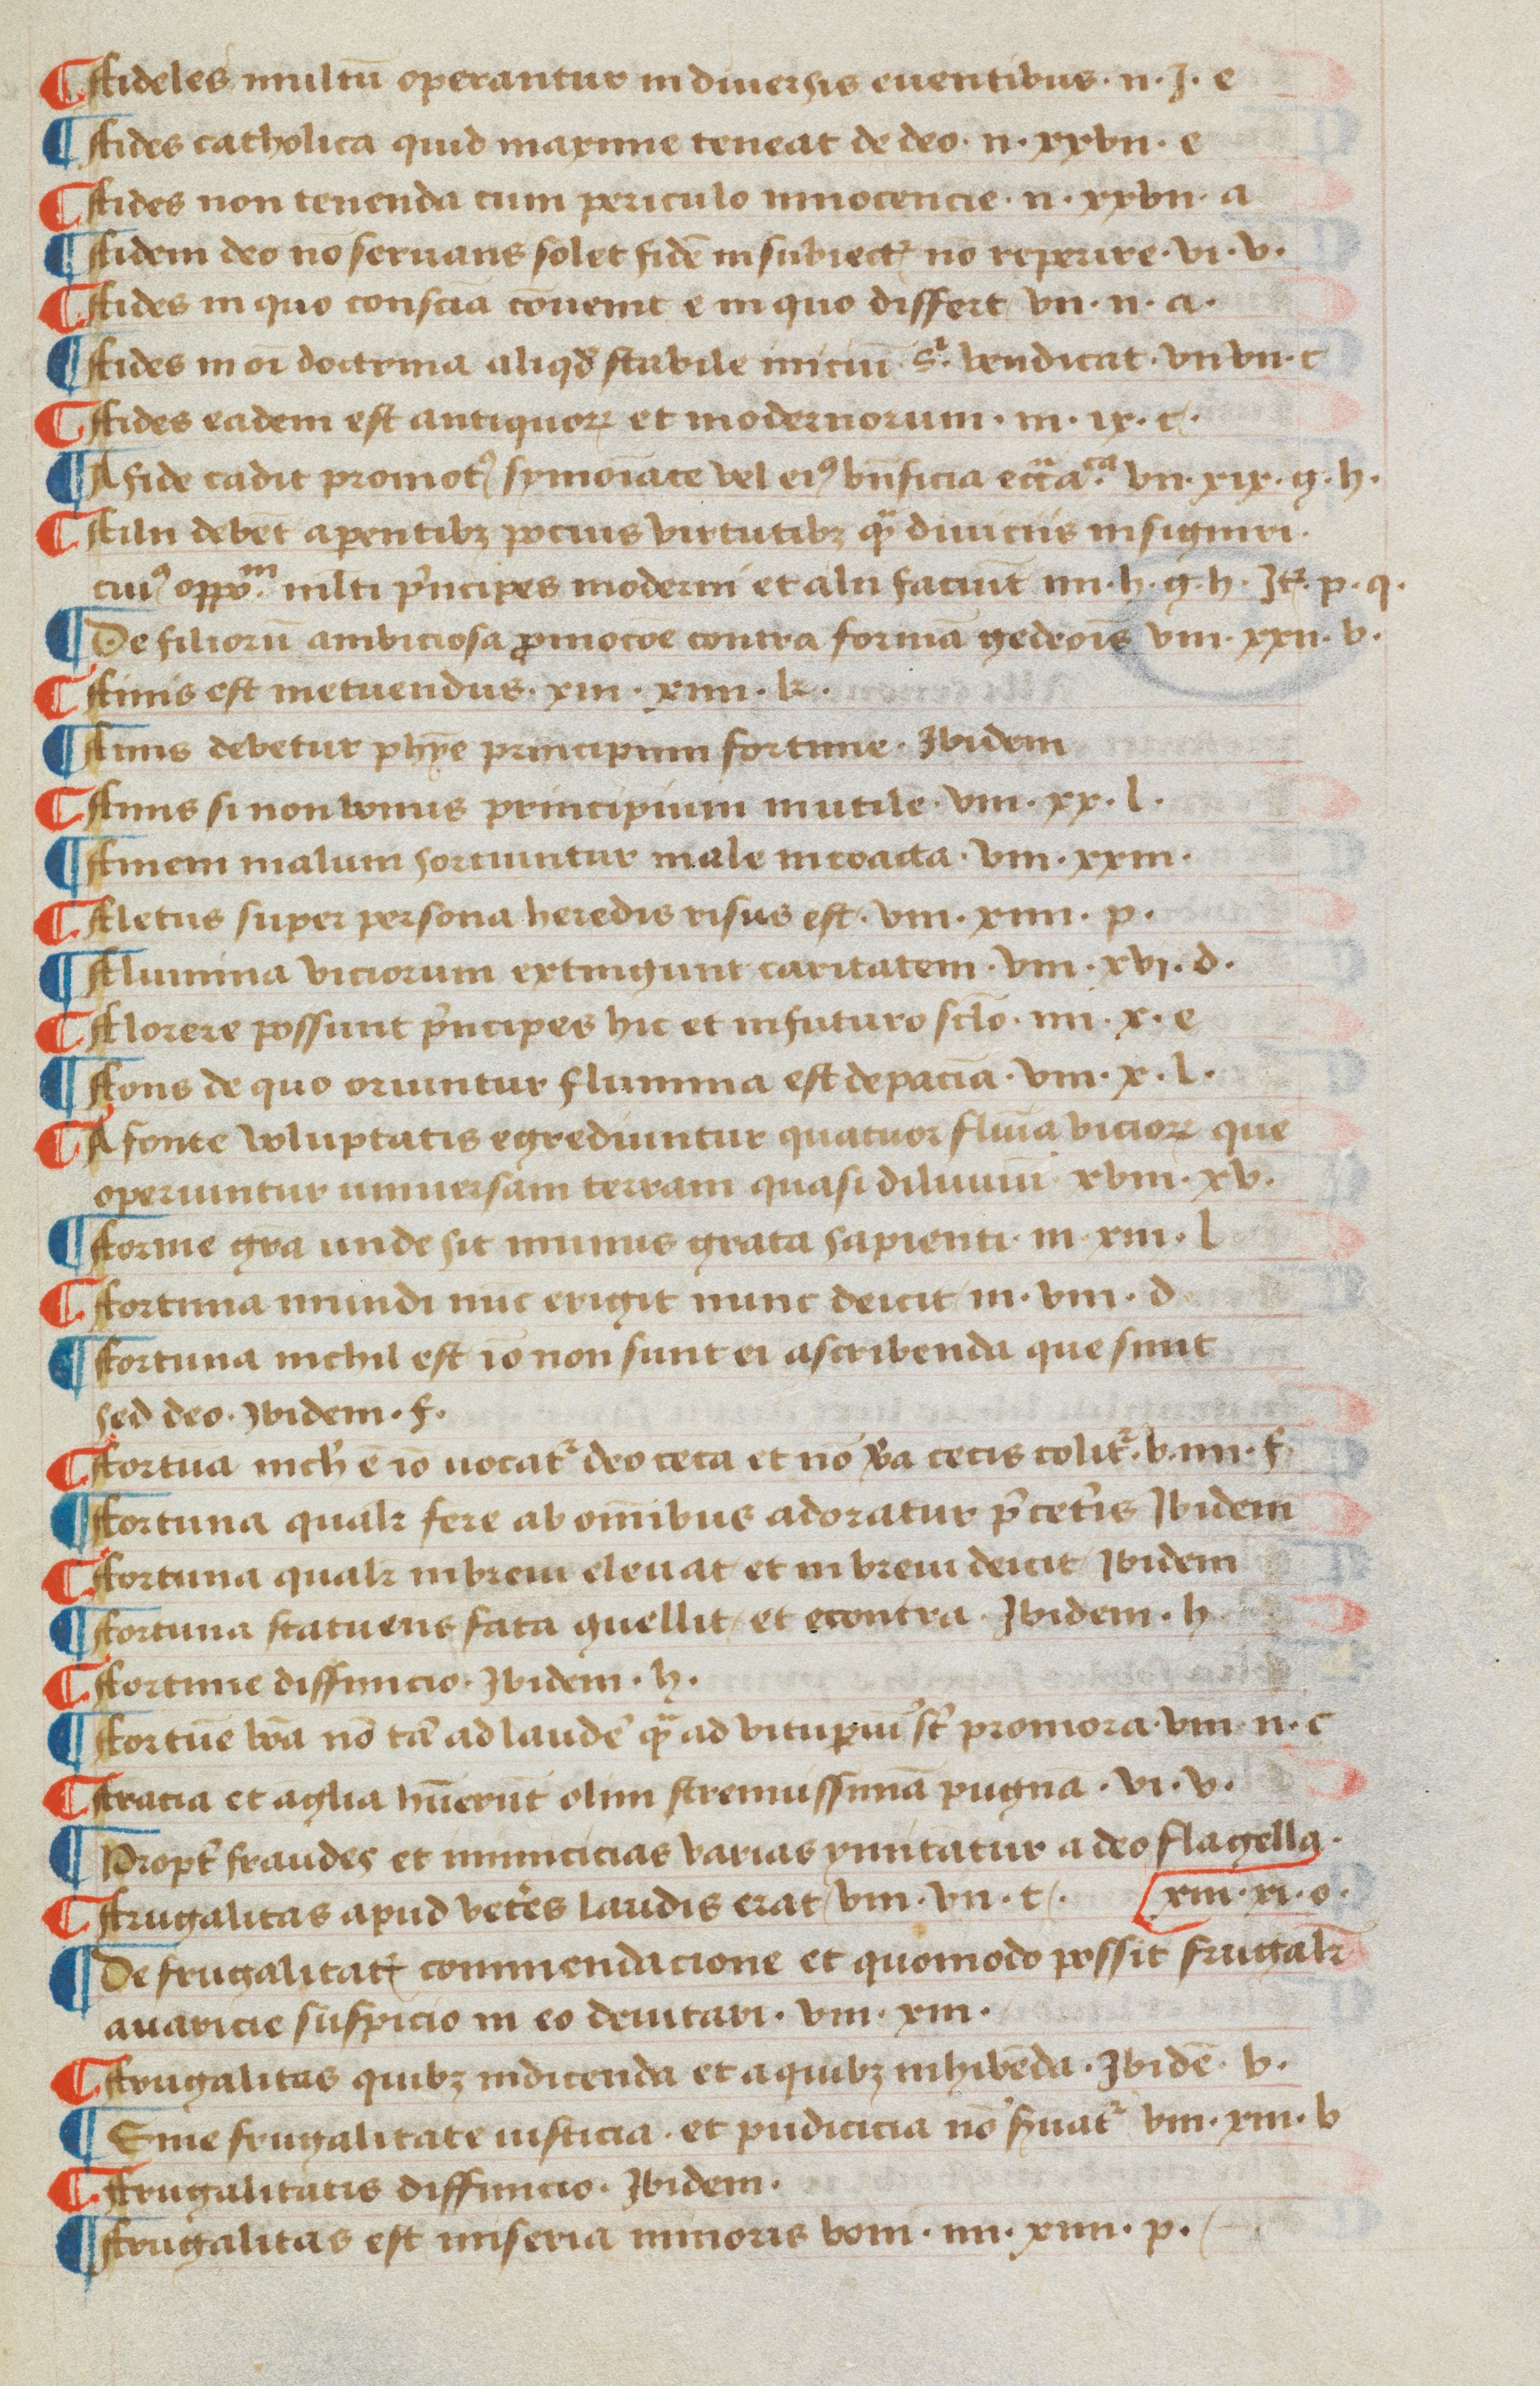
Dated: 1470–1499